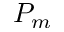
P _ { m }